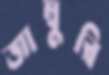
জাম্বুরি